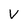
Character: v